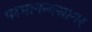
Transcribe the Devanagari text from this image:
परमानन्दसागर